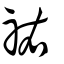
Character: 祐